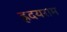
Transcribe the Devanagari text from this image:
ह्रदयराम